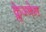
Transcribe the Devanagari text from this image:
क्लेज्नेन